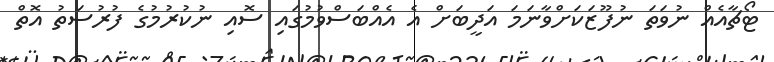
ޓޯޗާއެއް ނުވަތަ ނުފޫޒަކަށްވާނަމަ އަދީބަށް އެ އެއްބަސްވުމުގައި ސޮއި ނުކުރުމުގެ ފުރުސަތު އޮތް